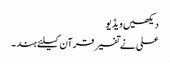
دیکھیں ویڈیو
علی نے تفسیر قرآن کیلئے ہند ۔